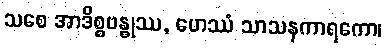
သစေ အာဒိစ္စဗန္ဓုဿ, ဟေဿံ သာသနကာရကော၊